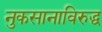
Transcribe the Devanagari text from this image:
नुकसानाविरुद्ध